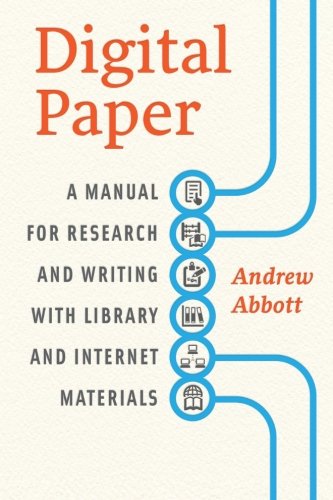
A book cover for Digital Paper: A Manual for Research and Writing with Library and Internet Materials (Chicago Guides to Writing, Editing, and Publishing); Andrew Abbott; Reference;